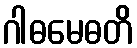
ဂါဓမေဓတိ